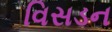
વિસડન